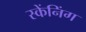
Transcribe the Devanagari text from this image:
स्केंनिंग